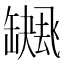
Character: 𮉻